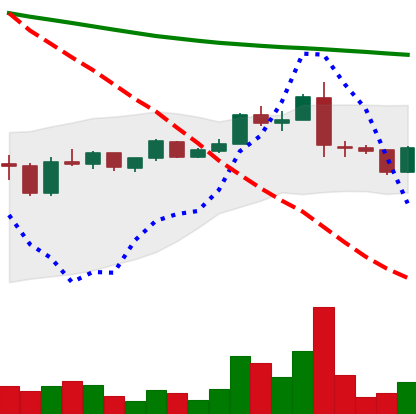
Ticker: ADA-USD
Chart end date: 2019-01-14
Forward return: 3.838%
Label: up_3_5